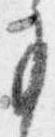
少